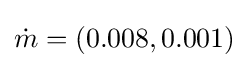
{\dot {m}}=(0.008,0.001)